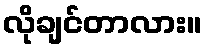
လိုချင်တာလား။